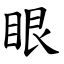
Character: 眼